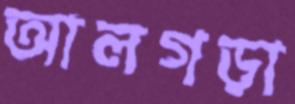
আলগড়া